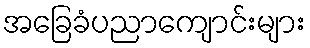
အခြေခံပညာကျောင်းများ